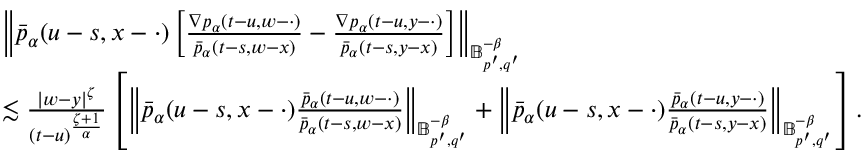
\begin{array} { r l } & { \left\Vert \bar { p } _ { \alpha } ( u - s , x - \cdot ) \left[ \frac { \nabla p _ { \alpha } ( t - u , w - \cdot ) } { \bar { p } _ { \alpha } ( t - s , w - x ) } - \frac { \nabla p _ { \alpha } ( t - u , y - \cdot ) } { \bar { p } _ { \alpha } ( t - s , y - x ) } \right] \right\Vert _ { \mathbb { B } _ { p ^ { \prime } , q ^ { \prime } } ^ { - \beta } } } \\ & { \lesssim \frac { | w - y | ^ { \zeta } } { ( t - u ) ^ { \frac { \zeta + 1 } { \alpha } } } \left[ \left\Vert \bar { p } _ { \alpha } ( u - s , x - \cdot ) \frac { \bar { p } _ { \alpha } ( t - u , w - \cdot ) } { \bar { p } _ { \alpha } ( t - s , w - x ) } \right\Vert _ { \mathbb { B } _ { p ^ { \prime } , q ^ { \prime } } ^ { - \beta } } + \left\Vert \bar { p } _ { \alpha } ( u - s , x - \cdot ) \frac { \bar { p } _ { \alpha } ( t - u , y - \cdot ) } { \bar { p } _ { \alpha } ( t - s , y - x ) } \right\Vert _ { \mathbb { B } _ { p ^ { \prime } , q ^ { \prime } } ^ { - \beta } } \right] . } \end{array}